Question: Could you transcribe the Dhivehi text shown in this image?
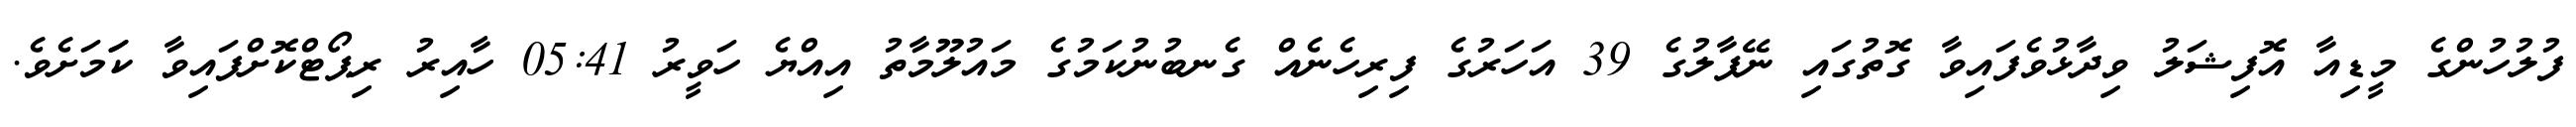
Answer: ފުލުހުންގެ މީޑިއާ އޮފިޝަލު ވިދާޅުވެފައިވާ ގޮތުގައި ނޭޕާލުގެ 39 އަހަރުގެ ފިރިހެނެއް ގެނބުނުކަމުގެ މައުލޫމާތު އިއްޔެ ހަވީރު 05:41 ހާއިރު ރިޕޯޓްކޮށްފައިވާ ކަަމަށެވެ.